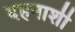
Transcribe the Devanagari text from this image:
दहनाशी